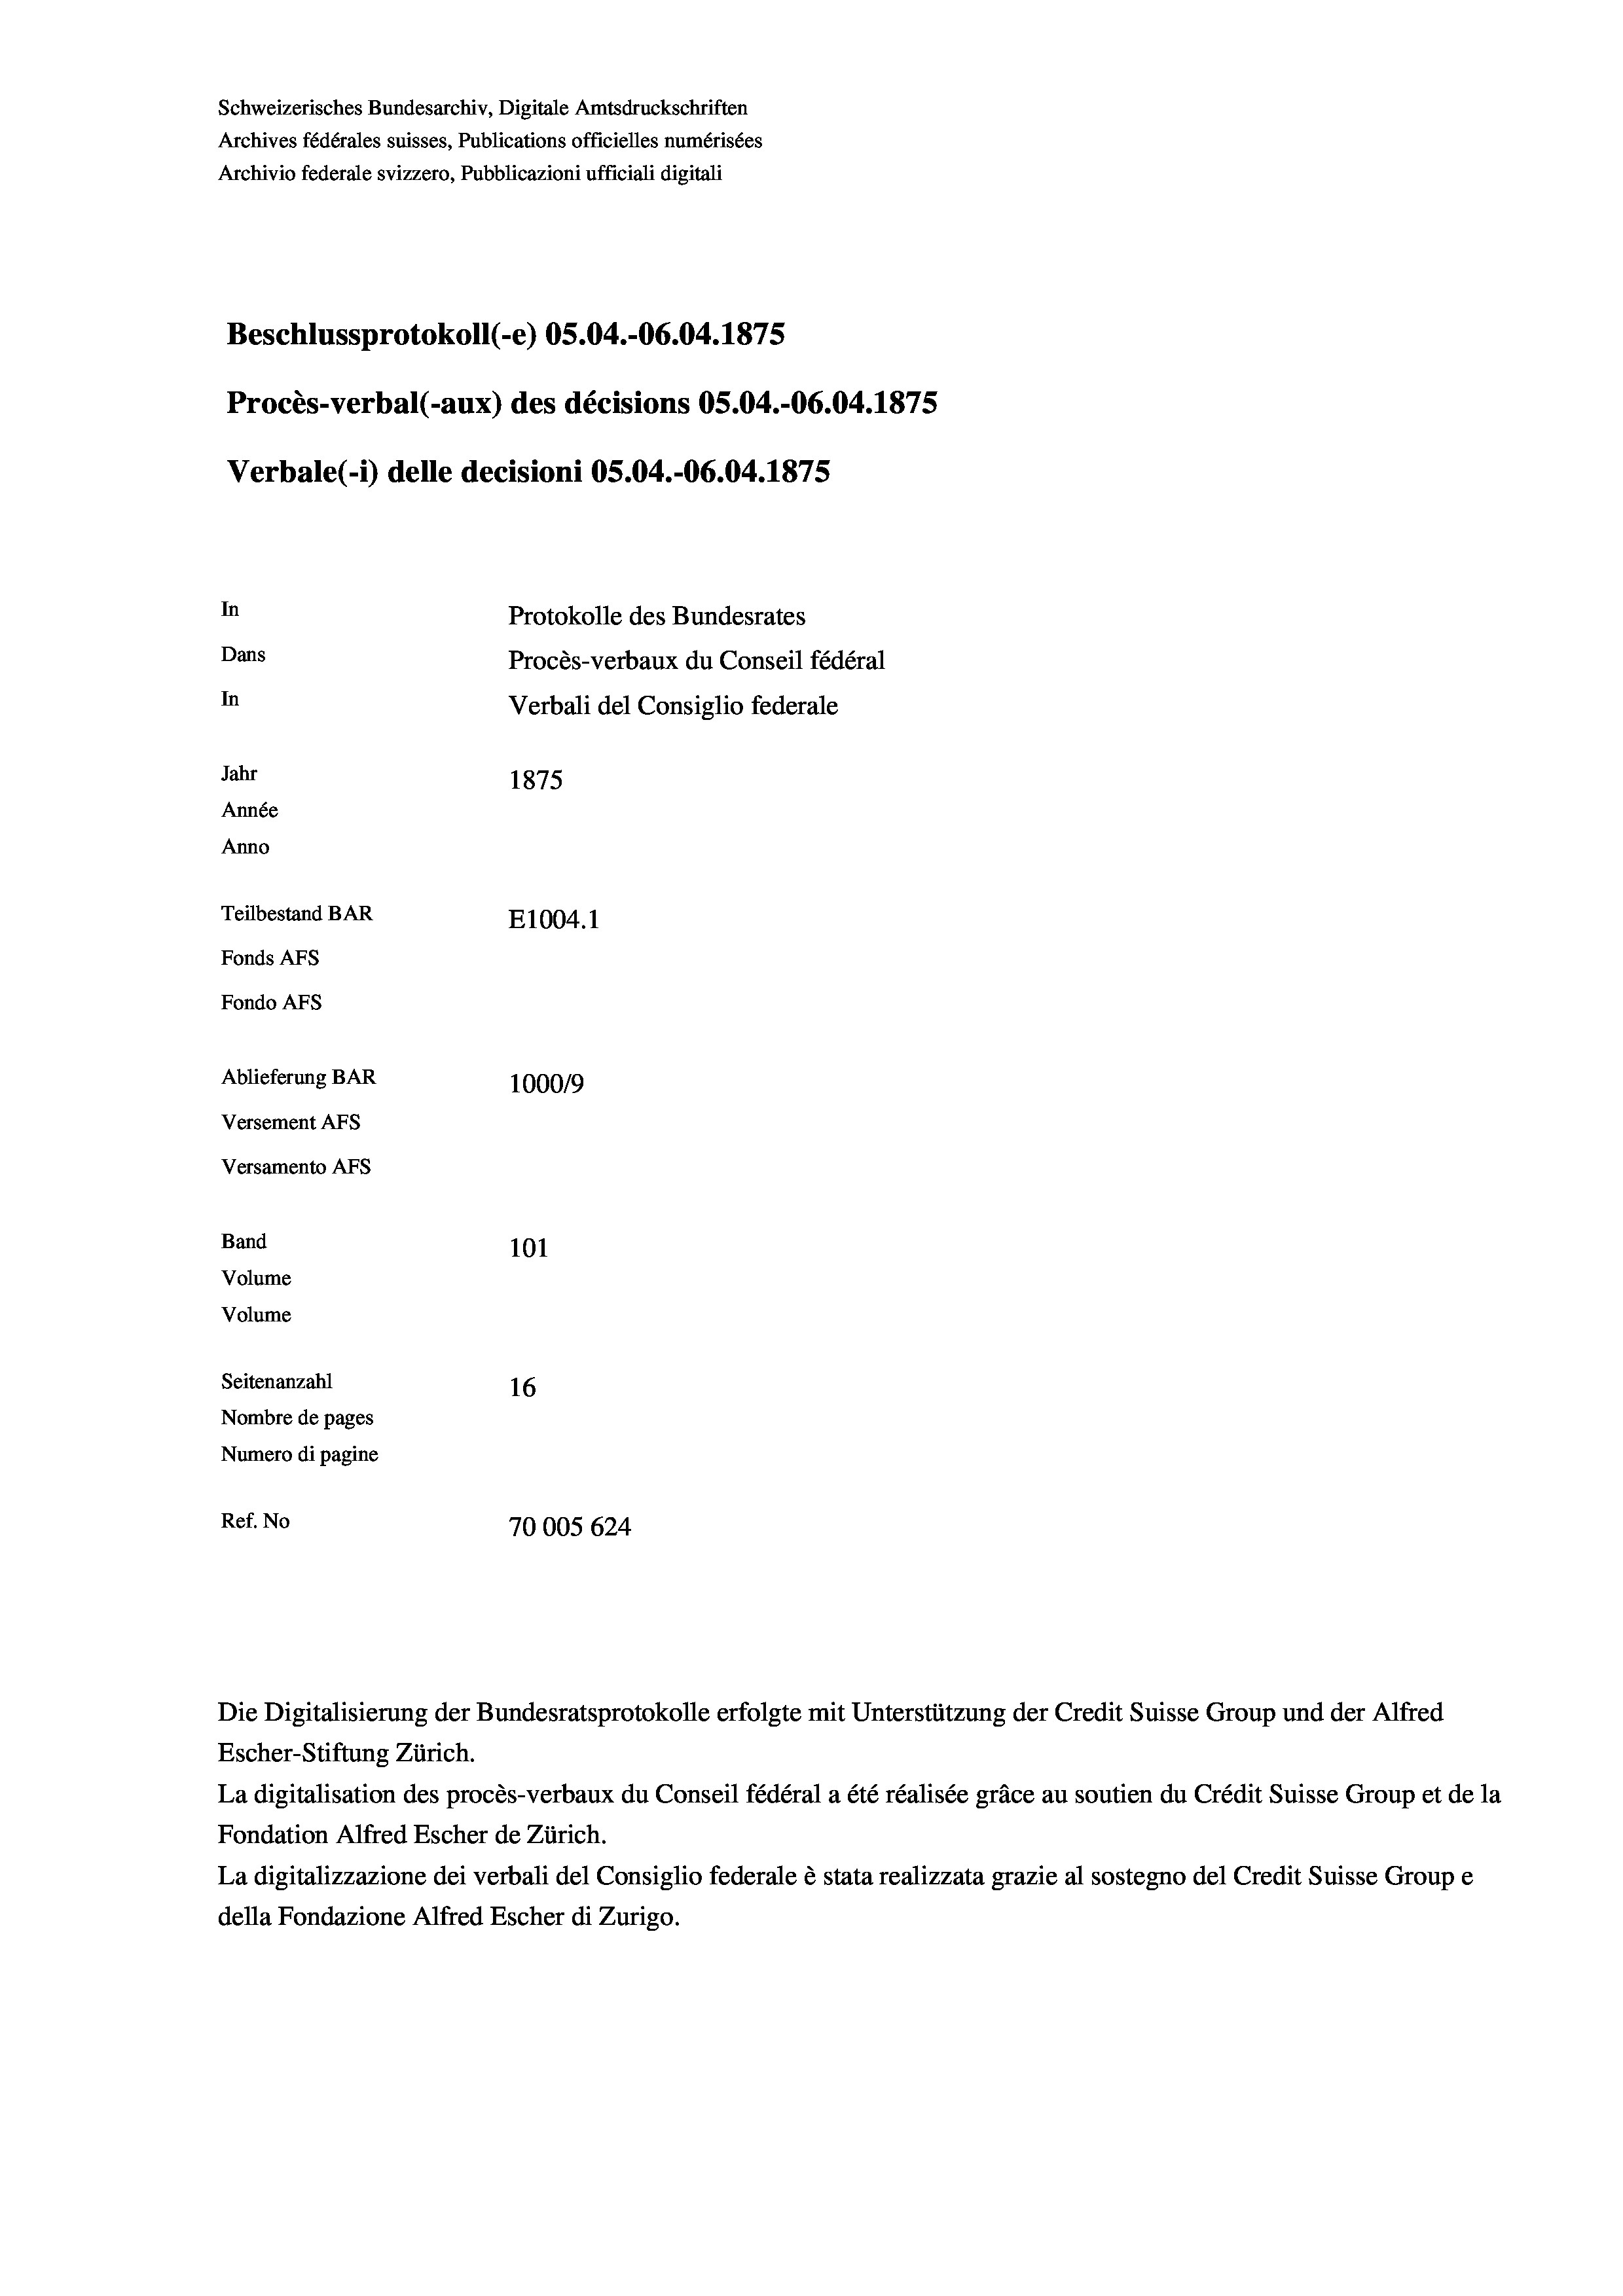
Schweizerisches Bundesarchiv, Digitale Amtsdruckschriften
Archives fédérales suisses, Publications officielles numérisées
Archivio federale svizzero, Pubblicazioni ufficiali digitali
Beschlussprotokoll (-e) OS.04.-06.04. 1875
Procès-verbal (-aux) des décisions OS.04.-06.04. 1875
Verbale (1) delle decisioni OS.04.-06.04. 1875
In
Protokolle des Bundesrates
Dans
Procès-verbaux du Conseil fédéral
In
Verbali del Consiglio federale
Jahr
1875
Année
Anno
Teilbestand BAR
E1004.1
Fonds AFs
Fondo Afs
Ablieferung BAR
100019
Versement AFs
Versamento Afs
Band

101
Volume
Volume
Seitenanzahl
16
Nombre de pages
Numero di pagine
Ref. No
70005 624

Die Digitalisierung der Bundesratsprotokolle erfolgte mit Unterstützung der Credit Suisse Group und der Alfred
Escher-Stiftung Zürich.
La digitalisation des procès-verbaux du Conseil fédéral a été réalisée gräce au soutien du Crédit Suisse Group et de la
Fondation Alfred Escher de Zürich.
La digitalizzazione dei verbali del Consiglio federale è stata realizzata grazie al sostegno del Credit Suisse Groupe
della Fondazione Alfred Escher di Zurigo.